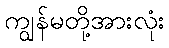
ကျွန်မတို့အားလုံး